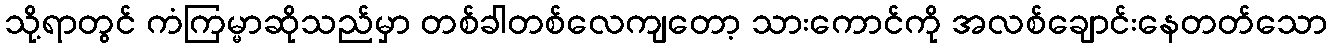
သို့ရာတွင် ကံကြမ္မာဆိုသည်မှာ တစ်ခါတစ်လေကျတော့ သားကောင်ကို အလစ်ချောင်းနေတတ်သော